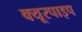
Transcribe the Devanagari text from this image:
क्‍यूरपाइप